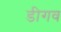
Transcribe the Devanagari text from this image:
डीगव